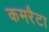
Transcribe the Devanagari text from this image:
कमरैटा